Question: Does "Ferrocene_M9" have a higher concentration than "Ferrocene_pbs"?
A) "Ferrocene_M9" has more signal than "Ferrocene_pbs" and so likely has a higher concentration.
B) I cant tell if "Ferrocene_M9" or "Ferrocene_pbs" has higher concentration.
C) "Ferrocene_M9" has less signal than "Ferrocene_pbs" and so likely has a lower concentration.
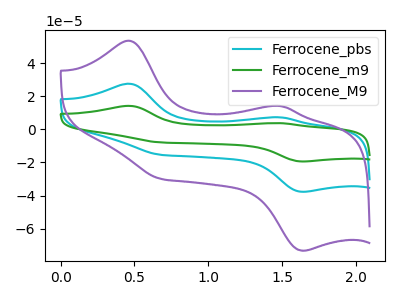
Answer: <think>The cyan curve "Ferrocene_pbs" has anodic peaks at (0.45V, 27.50uA) (1.50V, 7.25uA) and cathodic peaks at (0.70V, -15.40uA) (1.65V, -37.70uA). The green curve "Ferrocene_m9" has anodic peaks at (0.45V, 55.00uA) (1.50V, 14.45uA) and cathodic peaks at (0.70V, -30.80uA) (1.65V, -75.40uA). The purple curve "Ferrocene_M9" has anodic peaks at (0.45V, 53.45uA) (1.50V, 14.05uA) and cathodic peaks at (0.70V, -29.90uA) (1.65V, -73.25uA).
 All the peaks in "Ferrocene_M9" have a peak in "Ferrocene_pbs" at the same potential. Every peak in "Ferrocene_M9" is higher than every peak in "Ferrocene_pbs".</think>
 <answer>A) "Ferrocene_M9" has more signal than "Ferrocene_pbs" and so likely has a higher concentration.</answer>
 <eval>A</eval>